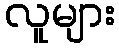
လူများ